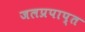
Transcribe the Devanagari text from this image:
जलप्रपाप्त